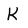
Character: K